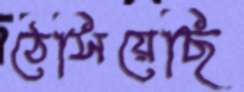
ঠেসিয়েছি